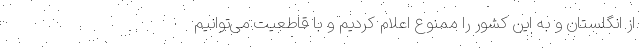
از انگلستان و به این کشور را ممنوع اعلام کردیم و با قاطعیت می‌توانیم